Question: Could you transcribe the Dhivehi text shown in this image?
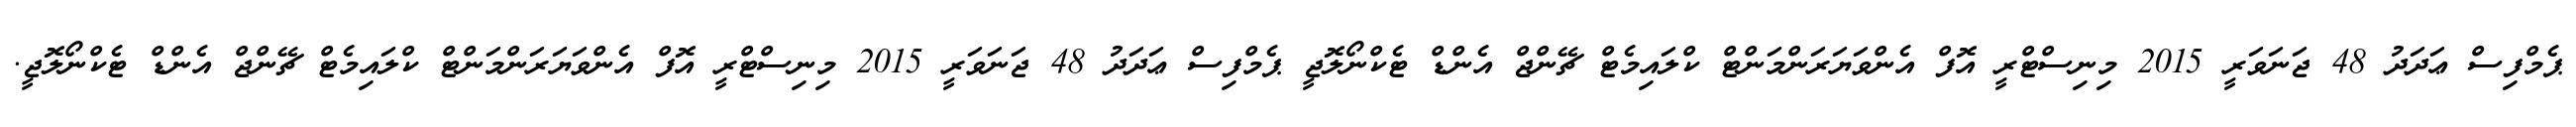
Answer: ޕެމްފިސް ޢަދަދު 48 ޖަނަވަރީ 2015 މިނިސްޓްރީ އޮފް އެންވަޔަރަންމަންޓް ކްލައިމެޓް ޗޭންޖް އެންޑް ޓެކްނޯލޮޖީ ޕެމްފިސް ޢަދަދު 48 ޖަނަވަރީ 2015 މިނިސްޓްރީ އޮފް އެންވަޔަރަންމަންޓް ކްލައިމެޓް ޗޭންޖް އެންޑް ޓެކްނޯލޮޖީ.